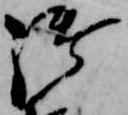
御